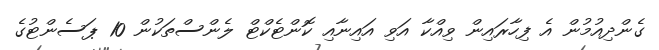
ގެންދިއުމުން އެ ފިހާރައިން ވިއްކާ އަވި އައިނާއި ކޮންޓެކްޓް ލެންސްތަކުން 10 ޕަސެންޓުގެ